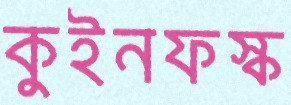
কুইনফস্ক